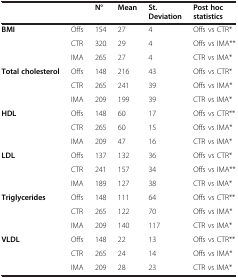
<table><thead><tr><td><b> </b></td><td><b> </b></td><td><b>N°</b></td><td><b>Mean</b></td><td><b>St. Deviation</b></td><td><b>Post hoc statistics</b></td></tr></thead><tbody><tr><td rowspan="3"><b>BMI</b></td><td>Offs</td><td>154</td><td>27</td><td>4</td><td>Offs vs CTR*</td></tr><tr><td>CTR</td><td>320</td><td>29</td><td>4</td><td>Offs vs IMA**</td></tr><tr><td>IMA</td><td>265</td><td>27</td><td>4</td><td>CTR vs IMA*</td></tr><tr><td rowspan="3"><b>Total cholesterol</b></td><td>Offs</td><td>148</td><td>216</td><td>43</td><td>Offs vs CTR*</td></tr><tr><td>CTR</td><td>265</td><td>241</td><td>39</td><td>Offs vs IMA*</td></tr><tr><td>IMA</td><td>209</td><td>199</td><td>39</td><td>CTR vs IMA*</td></tr><tr><td rowspan="3"><b>HDL</b></td><td>Offs</td><td>148</td><td>60</td><td>17</td><td>Offs vs CTR**</td></tr><tr><td>CTR</td><td>265</td><td>60</td><td>15</td><td>Offs vs IMA*</td></tr><tr><td>IMA</td><td>209</td><td>47</td><td>16</td><td>CTR vs IMA*</td></tr><tr><td rowspan="3"><b>LDL</b></td><td>Offs</td><td>137</td><td>132</td><td>36</td><td>Offs vs CTR*</td></tr><tr><td>CTR</td><td>241</td><td>157</td><td>34</td><td>Offs vs IMA**</td></tr><tr><td>IMA</td><td>189</td><td>127</td><td>38</td><td>CTR vs IMA*</td></tr><tr><td rowspan="3"><b>Triglycerides</b></td><td>Offs</td><td>148</td><td>111</td><td>64</td><td>Offs vs CTR**</td></tr><tr><td>CTR</td><td>265</td><td>122</td><td>70</td><td>Offs vs IMA*</td></tr><tr><td>IMA</td><td>209</td><td>140</td><td>117</td><td>CTR vs IMA*</td></tr><tr><td rowspan="3"><b>VLDL</b></td><td>Offs</td><td>148</td><td>22</td><td>13</td><td>Offs vs CTR**</td></tr><tr><td>CTR</td><td>265</td><td>24</td><td>14</td><td>Offs vs IMA*</td></tr><tr><td>IMA</td><td>209</td><td>28</td><td>23</td><td>CTR vs IMA*</td></tr></tbody></table>